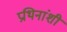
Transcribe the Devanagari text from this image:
प्रथिनांशी